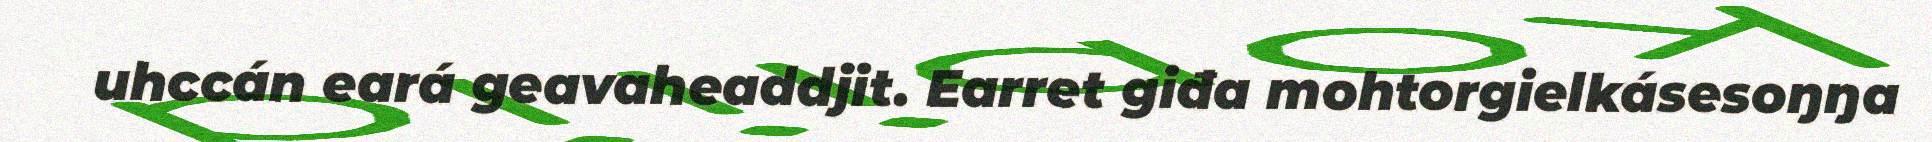
uhccán eará geavaheaddjit. Earret giđa mohtorgielkásesoŋŋa